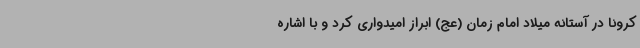
کرونا در آستانه میلاد امام زمان (عج) ابراز امیدواری کرد و با اشاره